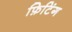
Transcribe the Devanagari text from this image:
फ़िटिंग